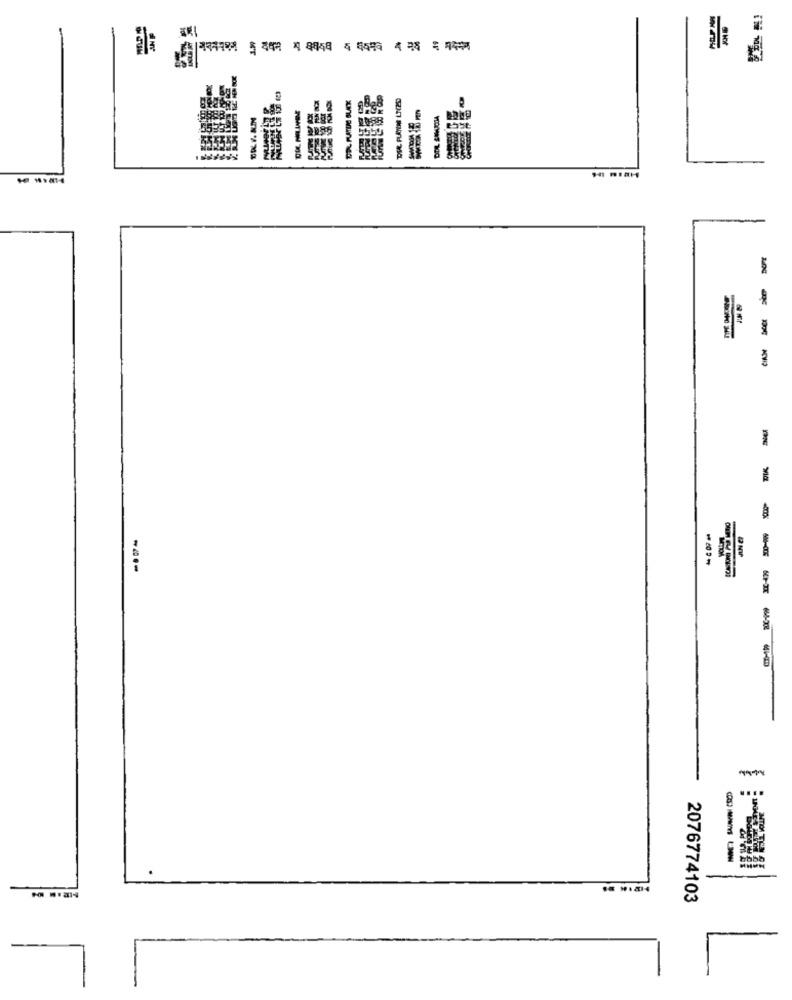
MT
DDL PLATUE BLEX
Bağ
-
----
---
2076774103